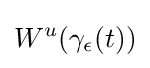
W^{u}(\gamma _{\epsilon }(t))